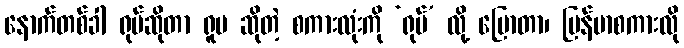
နောက်တစ်ခါ ရုပ်ဆိုတာ ရူပ ဆိုတဲ့ စကားလုံးကို ‘ရုပ်’ လို့ ပြောတာ၊ မြန်မာစကားလို